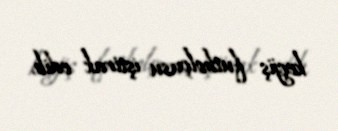
keçjiş futbolçusu iştirak edib.